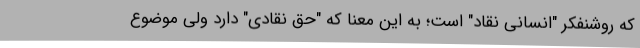
که روشنفکر "انسانی نقاد" است؛ به این معنا که "حق نقادی" دارد ولی موضوع